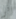
لي